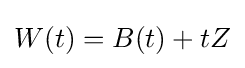
W(t)=B(t)+tZ